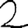
Digit: 2